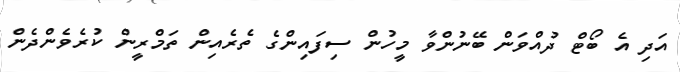
އަދި އެ ބޯޓް ދުއްވަން ބޭނުންވާ މީހުން ސިފައިންގެ ތެރެއިން ތަމްރީން ކުރެވެންދެން